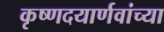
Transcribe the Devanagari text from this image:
कृष्णदयार्णवांच्या